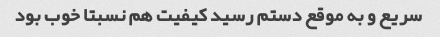
سریع و به موقع دستم رسید کیفیت هم نسبتا خوب بود